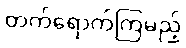
တက်ရောက်ကြမည့်